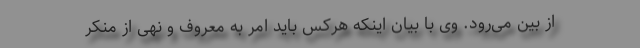
از بین می‌رود. وی با بیان اینکه هرکس باید امر به معروف و نهی از منکر